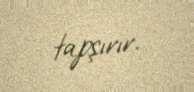
tapşırır.